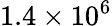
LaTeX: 1.4\times 10^{6}